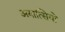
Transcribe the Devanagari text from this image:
अयात्सियो